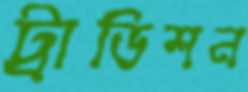
ট্রাডিশন